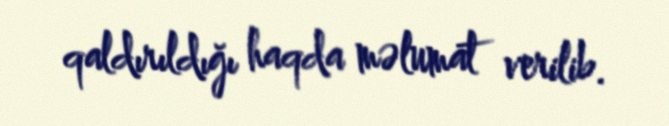
qaldırıldığı haqda məlumat verilib.